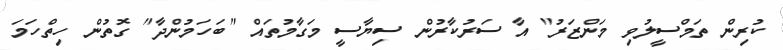
ކުރިން ތަމްސީލުވި މަންޒަރު" އާ ސަރުކާރުން ސިޔާސީ މަގާމުތައް "ބަހަމުންދާ" ގޮތުން ހިތްހަމަ